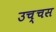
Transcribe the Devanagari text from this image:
उच्चस